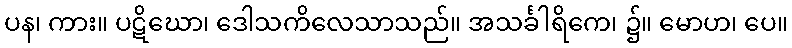
ပန၊ ကား။ ပဋိဃော၊ ဒေါသကိလေသာသည်။ အသင်္ခါရိကေ၊ ၌။ မောဟ၊ ပေ။